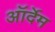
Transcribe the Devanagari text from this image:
ऑर्देम